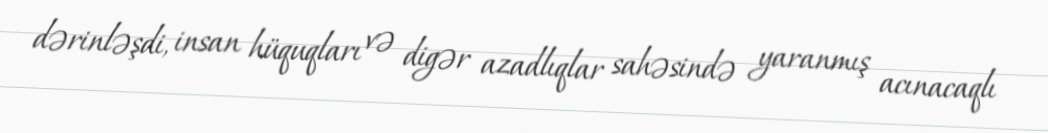
dərinləşdi, insan hüquqları və digər azadlıqlar sahəsində yaranmış acınacaqlı